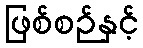
ဖြစ်စဉ်နှင့်